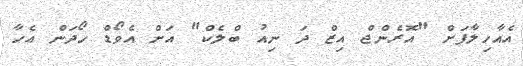
އެއާހިލާފަށް "އޮރެންޖް އިޒް ދަ ނިއު ބްލެކް" އަށް އެވޯޑް ހޯދަން އެހާ